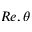
R e , \theta